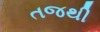
તજથી